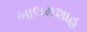
બાલમશાહ